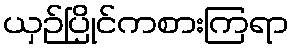
ယှဉ်ပြိုင်ကစားကြရာ